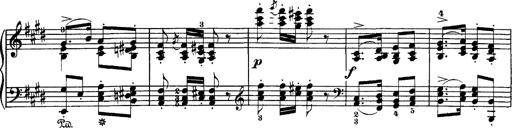
Title: Hungarian Rhapsody No.1
Composer: Franz Liszt
Key: C-sharp minor